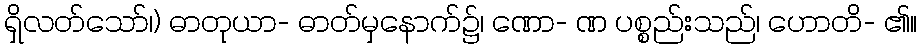
ရှိလတ်သော်၊) ဓာတုယာ- ဓာတ်မှနောက်၌၊ ဏော- ဏ ပစ္စည်းသည်၊ ဟောတိ- ၏။